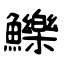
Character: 鱳